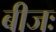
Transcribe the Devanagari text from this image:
बीजः